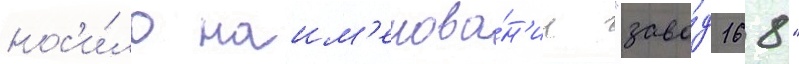
нос'и́ло наим'енова́н'ие "заво́д 168"